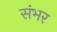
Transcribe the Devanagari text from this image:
संभर